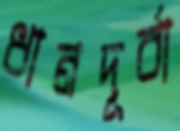
ধানদূর্বা